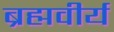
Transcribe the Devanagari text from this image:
ब्रह्मवीर्य